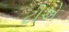
ટીએ